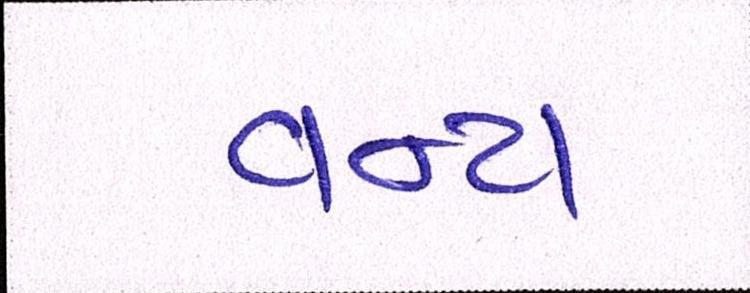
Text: વન્ય